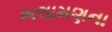
ભલામણના